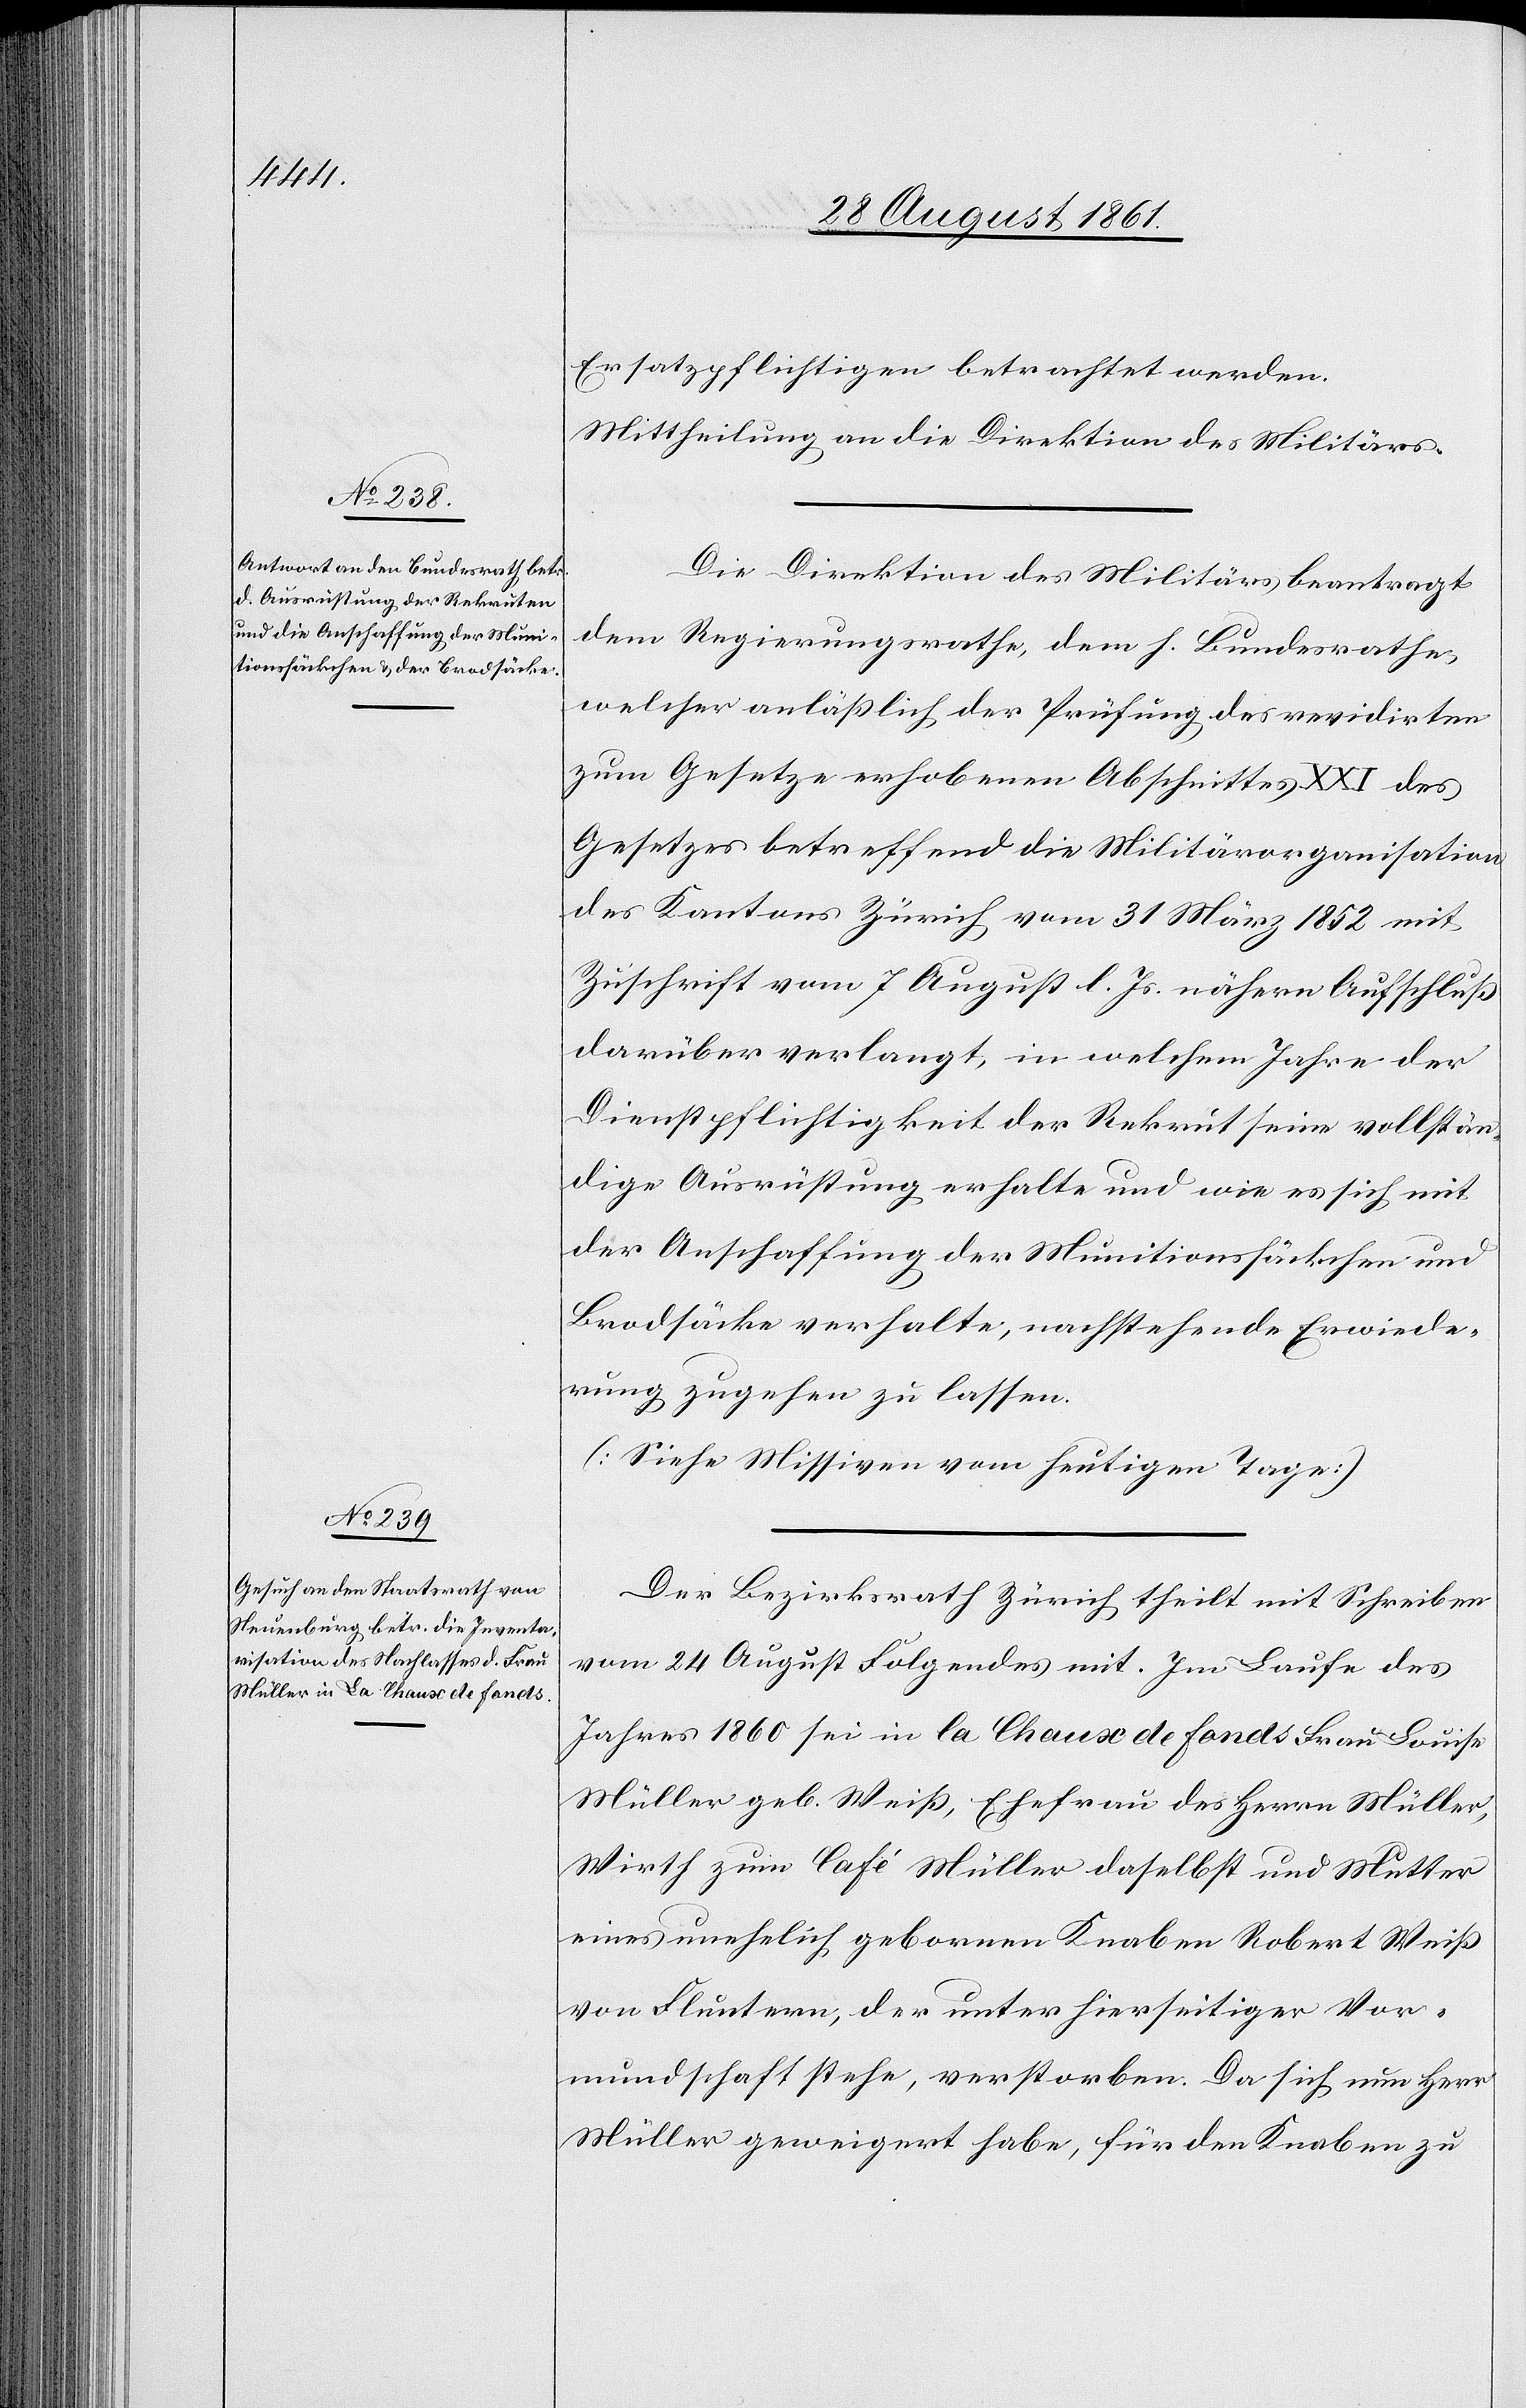
Ersatzpflichtigen betrachtet werden.
Mittheilung an die Direktion des Militärs.
Die Direktion des Militärs beantragt
dem Regierungsrathe, dem h. Bundesrathe,
welcher anläßlich der Prüfung des revidirten
zum Gesetze erhobenen Abschnittes XXI des
Gesetzes betreffend die Militärorganisation
des Kantons Zürich vom 31 März 1852 mit
Zuschrift vom 7 August l. Js. nähern Aufschluß
darüber verlangt, in welchem Jahre der
Dienstpflichtigkeit der Rekrut seine vollstän¬
dige Ausrüstung erhalte und wie es sich mit
der Anschaffung der Munitionssäckchen und
Brodsäcke verhalte, nachstehende Erwiede¬
rung zugehen zu lassen.
[Siehe Missiven vom heutigen Tage]
Der Bezirksrath Zürich theilt mit Schreiben
vom 24 August Folgendes mit. Im Laufe des
Jahres 1860 sei in la Chaux de Fonds Frau Louise
Müller geb. Weiß, Ehefrau des Herrn Müller,
Wirth zum Café Müller daselbst und Mutter
eines unehelich gebornen Knaben Robert Weiß
von Fluntern, der unter hierseitiger Vor¬
mundschaft stehe, verstorben. Da sich nun Herr
Müller geweigert habe, für den Knaben zu